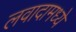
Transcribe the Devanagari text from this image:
लवादामध्ये